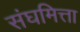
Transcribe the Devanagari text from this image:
संघमित्ता